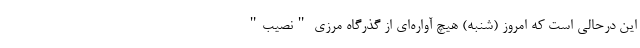
این درحالی است که امروز (شنبه) هیچ آواره‌ای از گذرگاه مرزی "نصیب"